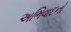
અભિવાદનો